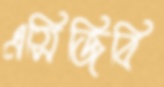
এসিজিবি